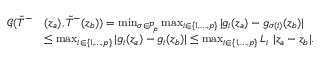
\begin{array} { r l } { \mathcal { G } ( \tilde { T } ^ { - } } & { ( z _ { a } ) , \tilde { T } ^ { - } ( z _ { b } ) ) = \operatorname* { m i n } _ { \sigma \in \mathcal { P } _ { p } } \operatorname* { m a x } _ { i \in \{ 1 , \ldots , p \} } | g _ { i } ( z _ { a } ) - g _ { \sigma ( i ) } ( z _ { b } ) | } \\ & { \leq \operatorname* { m a x } _ { i \in \{ 1 , \ldots , p \} } | g _ { i } ( z _ { a } ) - g _ { i } ( z _ { b } ) | \leq \operatorname* { m a x } _ { i \in \{ 1 , \ldots , p \} } L _ { i } \ | z _ { a } - z _ { b } | . } \end{array}